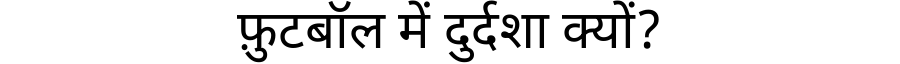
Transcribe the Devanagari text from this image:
फ़ुटबॉल में दुर्दशा क्यों?